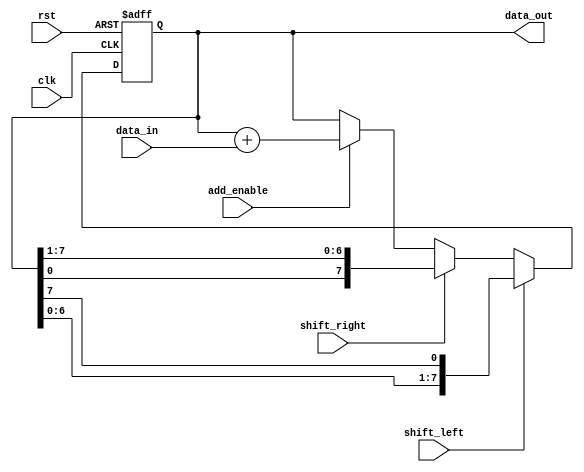
module shift_add_register (
  input wire clk,
  input wire rst,
  input wire shift_left,
  input wire shift_right,
  input wire add_enable,
  input wire [7:0] data_in,
  output reg [7:0] data_out
);

reg [7:0] register_data;

always @(posedge clk or posedge rst) begin
  if (rst) begin
    register_data <= 8'b0;
  end else begin
    if (shift_left) begin
      register_data <= {register_data[6:0], register_data[7]};
    end else if (shift_right) begin
      register_data <= {register_data[0], register_data[7:1]};
    end else if (add_enable) begin
      register_data <= register_data + data_in;
    end
  end
end

assign data_out = register_data;

endmodule